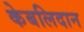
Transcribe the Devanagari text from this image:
केबलिदान